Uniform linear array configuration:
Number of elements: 8
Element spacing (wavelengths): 0.25
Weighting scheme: blackman
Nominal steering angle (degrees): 60
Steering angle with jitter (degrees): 59.287
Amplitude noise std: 0.05
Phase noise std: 0.05

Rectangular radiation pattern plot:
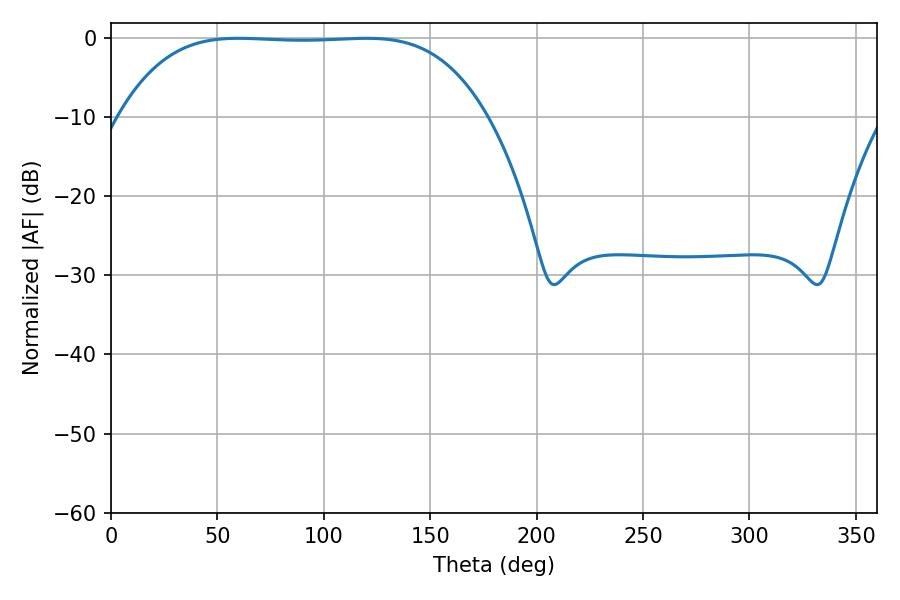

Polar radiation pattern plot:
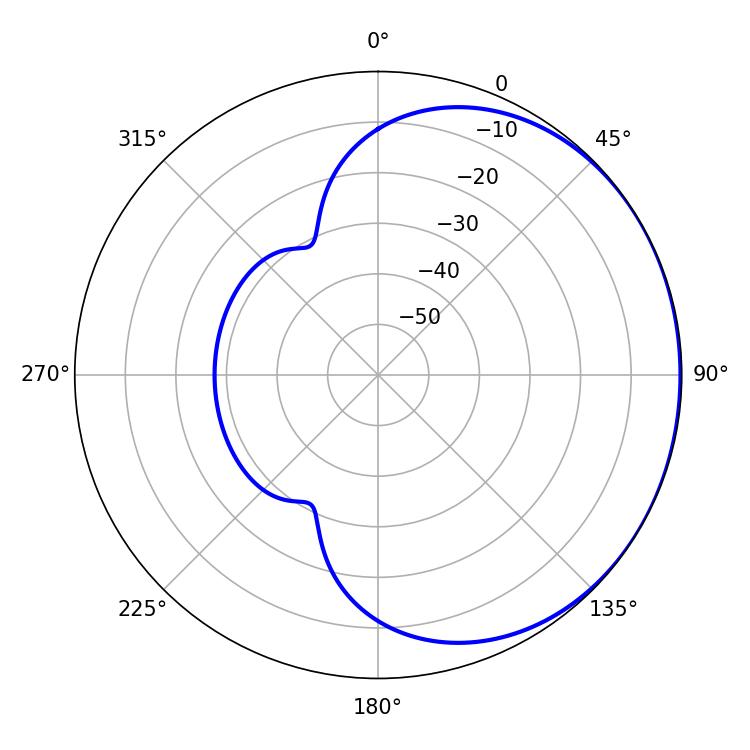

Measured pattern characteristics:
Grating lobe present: FALSE
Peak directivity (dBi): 0.5984
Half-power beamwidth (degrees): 132.84
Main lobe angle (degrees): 59.94